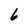
Character: 6